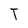
Character: T